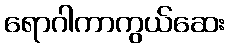
ရောဂါကာကွယ်ဆေး